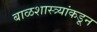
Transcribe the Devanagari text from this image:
बाळशास्त्र्यांकडून